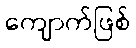
ကျောက်ဖြစ်